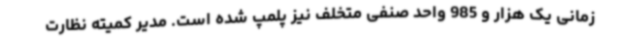
زمانی یک هزار و 985 واحد صنفی متخلف نیز پلمپ شده است. مدیر کمیته نظارت